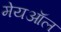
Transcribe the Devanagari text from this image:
मेयऑल